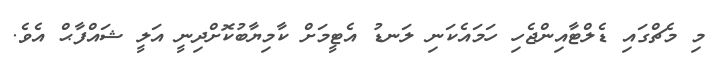
މި މެޗްގައި ޑެލްޓާއިންޖެހި ހަމައެކަނި ލަނޑު އެޓީމަށް ކާމިޔާބުކޮށްދިނީ އަލީ ޝައްފާޙް އެވެ.